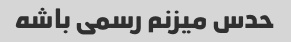
حدس میزنم رسمی باشه